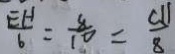
\frac { E H } { 6 } = \frac { 8 } { 1 0 } = \frac { a _ { 1 1 } } { 8 }